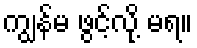
ကျွန်မ ဖွင့်လို့ မရ။